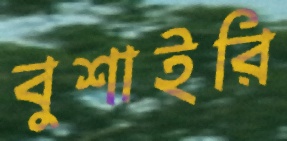
বুশাইরি